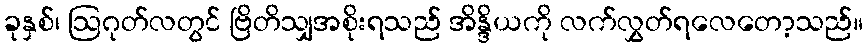
ခုနှစ်၊ ဩဂုတ်လတွင် ဗြိတိသျှအစိုးရသည် အိန္ဒိယကို လက်လွှတ်ရလေတော့သည်။